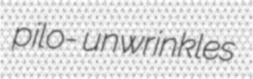
pilo- unwrinkles